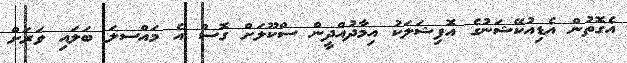
އެގޮތުން އެޑިއުކޭޝަނުގެ އޮފިޝަލަކު އިމާދުއްދީން ސްކޫލަށް ގޮސް އެ މައްސލަ ބަލައި ވަރަށް